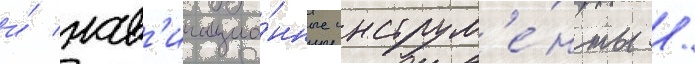
и́ нав'игацио́нные инструм'е́нты /